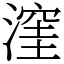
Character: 漥